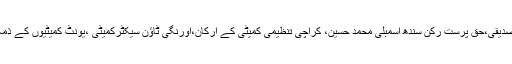
نمازجنازہ اورتدفین میں ایم کیوایم کی رابطہ کمیٹی کے رکن احمدسلیم صدیقی،حق پرست رکن سندھ اسمبلی محمد حسین، کراچی تنظیمی کمیٹی کے ارکان،اورنگی ٹاؤن سیکٹرکمیٹی ،یونٹ کمیٹیوں کے ذمہ داران وکارکنان، ہمدردوں اورشہید کے عزیزواقارب نے شرکت کی ۔